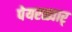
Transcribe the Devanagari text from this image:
पेयरळ्वार्